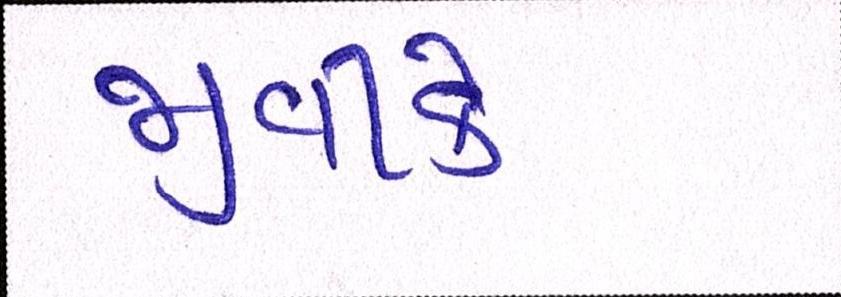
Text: જીવીકે